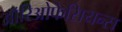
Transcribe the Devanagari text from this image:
ऑरिओफेसियन्स